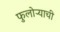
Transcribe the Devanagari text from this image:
फुलोऱ्याची